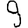
Digit: 9